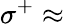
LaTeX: \sigma^{+}\approx